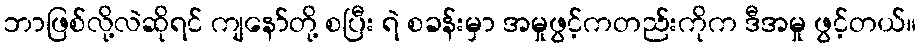
ဘာဖြစ်လို့လဲဆိုရင် ကျနော်တို့ စပြီး ရဲ စခန်းမှာ အမှုဖွင့်ကတည်းကိုက ဒီအမှု ဖွင့်တယ်။